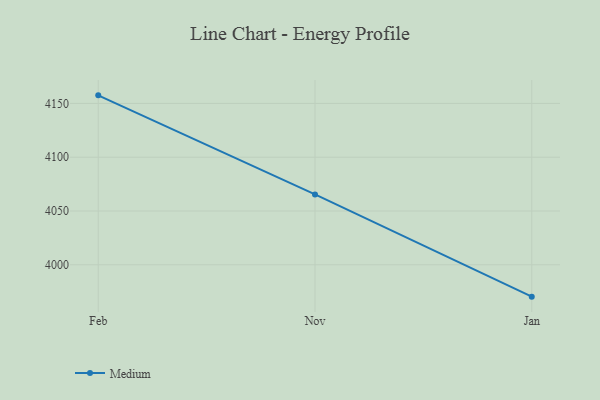
{"axis": {"x": "Month", "y": "Shipments"}, "legend": ["Medium"], "data": [{"x": "Feb", "y": 4157.5, "type": "Medium"}, {"x": "Nov", "y": 4065.4, "type": "Medium"}, {"x": "Jan", "y": 3970.4, "type": "Medium"}]}